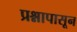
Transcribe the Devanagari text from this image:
प्रश्नापासून